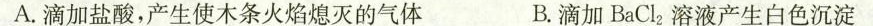
A.滴加盐酸，产生使木条火焰熄灭的气体 B.滴加BaCl_{2}溶液产生白色沉淀